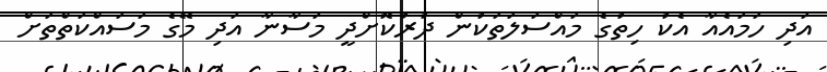
އަދި ހަމައެއާ އެކު ހިތުގެ މައްސަލަތަކުން ދުރުކޮށްދީ މަސާނާ އަދި މޭގެ މަސައްކަތްތަށް